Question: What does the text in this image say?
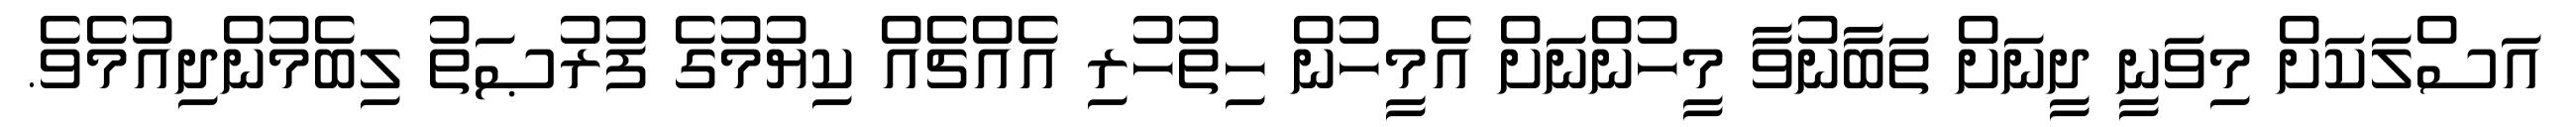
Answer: އަސްލަކަށް މިވަނީ ދީނަށް ތަބާނުވާ މީހުންނަށް އެމީހުން ހިތުހުރި އެއްޗެއް ކިޔުމުގެ ފުރުޞަތު ލިބެމުންދިއުމެވެ.